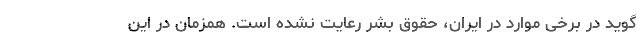
گوید در برخی موارد در ایران، حقوق بشر رعایت نشده است. همزمان در این